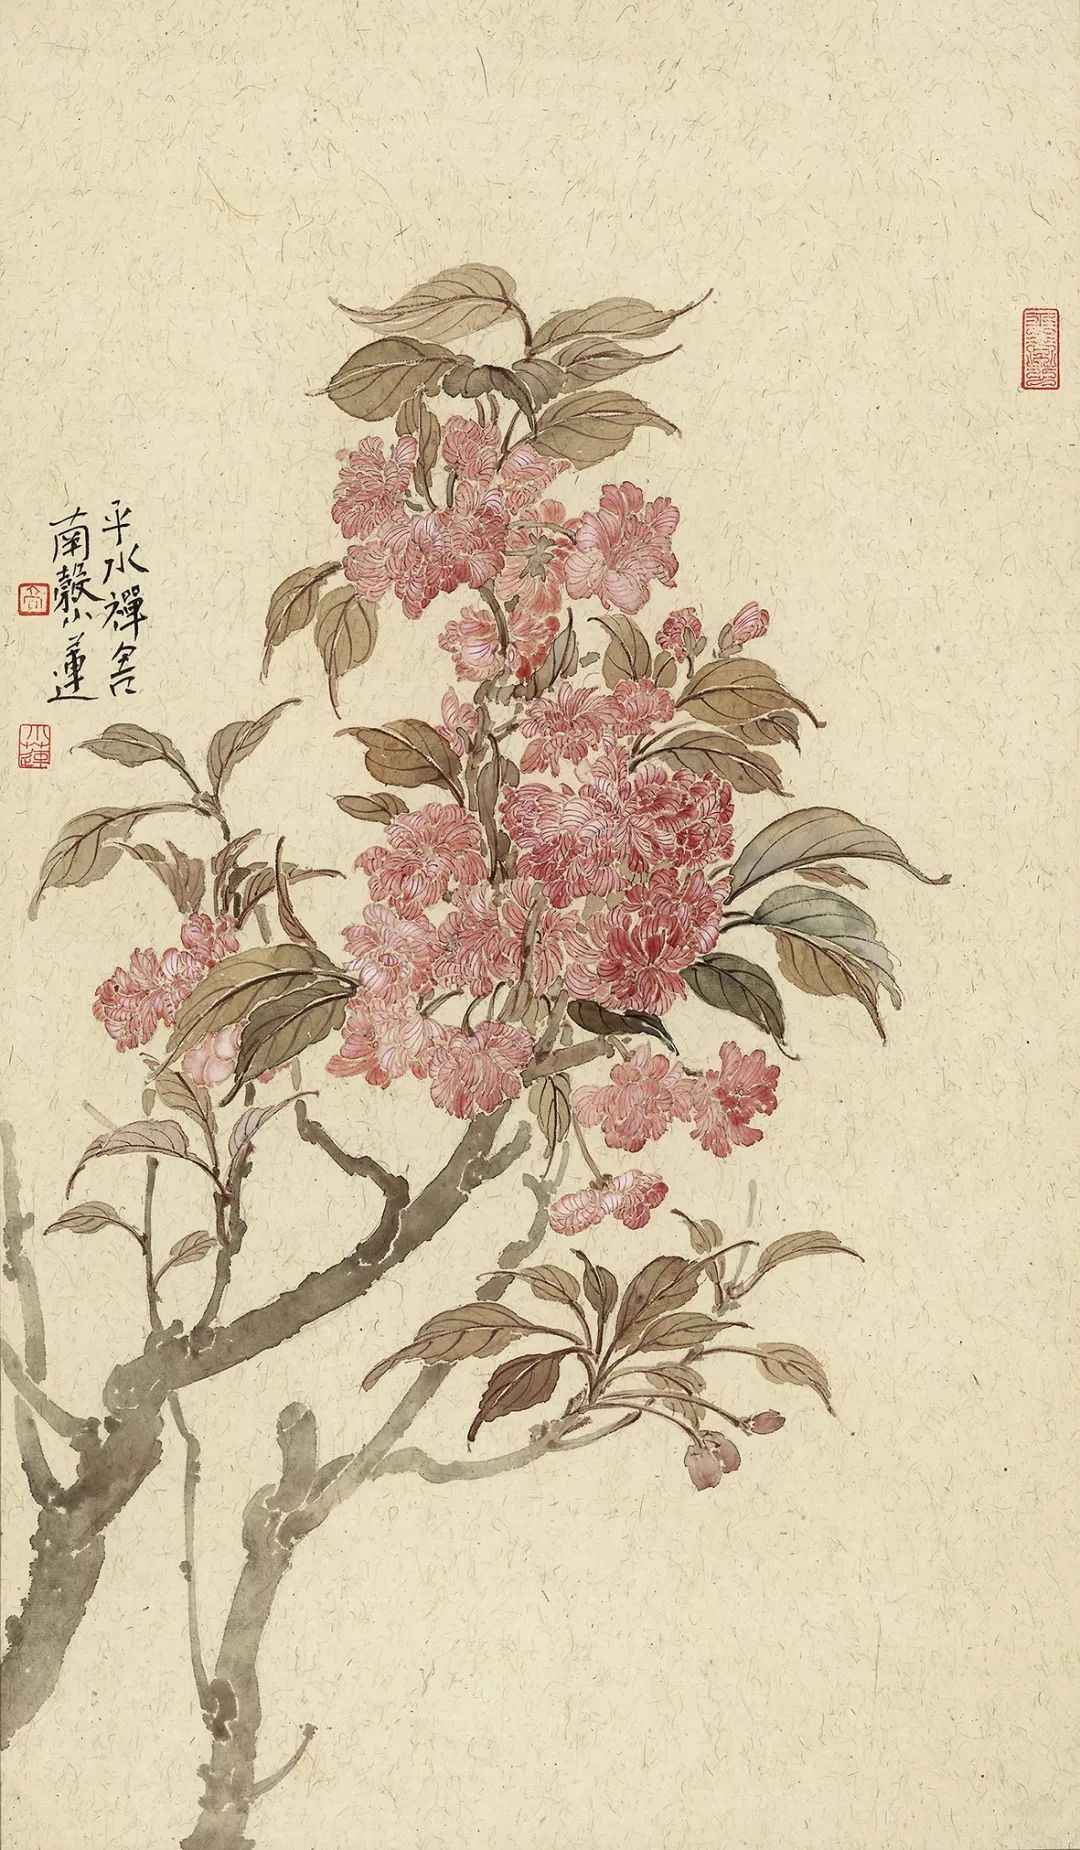
长幼有序。